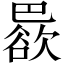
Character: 𱜠